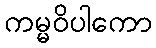
ကမ္မဝိပါကော